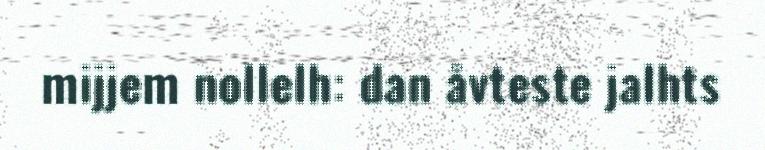
mijjem nollelh: dan åvteste jalhts